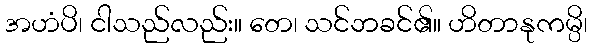
အဟံပိ၊ ငါသည်လည်း။ တေ၊ သင်ဘခင်၏။ ဟိတာနုကမ္ပိ၊